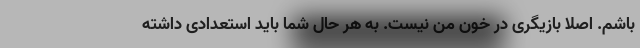
باشم. اصلا بازیگری در خون من نیست. به هر حال شما باید استعدادی داشته